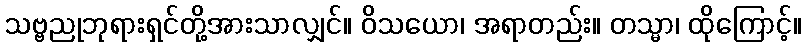
သဗ္ဗညုဘုရားရှင်တို့အားသာလျှင်။ ဝိသယော၊ အရာတည်း။ တသ္မာ၊ ထိုကြောင့်။